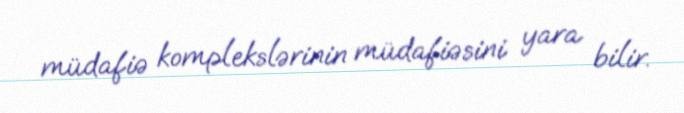
müdafiə komplekslərinin müdafiəsini yara bilir.